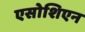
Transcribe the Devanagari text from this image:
एसोशिएन